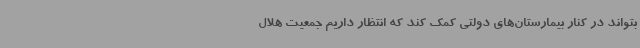
بتواند در کنار بیمارستان‌های دولتی کمک کند که انتظار داریم جمعیت هلال